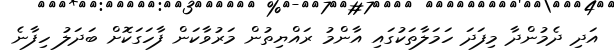
އަދި ދެމުންދާ މިފަދަ ހަމަލާތަކުގައި އާންމު ރައްޔިތުން މަރުވާކަން ފާހަގަކޮށް ބަދަލު ހިފާނެ